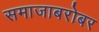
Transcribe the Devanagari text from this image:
समाजाबरोबर